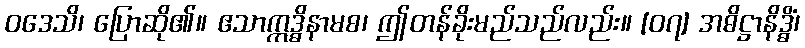
ဝဒေသိ၊ ပြောဆို၏။ ဧသာဣဒ္ဓိနာမစ၊ ဤတန်ခိုးမည်သည်လည်း။ [၀၇] အဓိဋ္ဌာနိဒ္ဓိံ၊